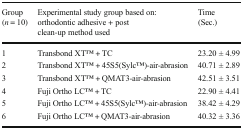
| Group (n = 10) | Experimental study group based on:orthodontic adhesive + post clean-up method used | Time (Sec.) |
 | --- | --- | --- |
 | 1 | Transbond XTTM + TC | 23.20 ± 4.99 |
 | 2 | Transbond XTTM + 45S5(SylcTM)-air-abrasion | 40.71 ± 2.89 |
 | 3 | Transbond XTTM + QMAT3-air-abrasion | 42.51 ± 3.51 |
 | 4 | Fuji Ortho LCTM + TC | 22.90 ± 4.41 |
 | 5 | Fuji Ortho LCTM + 45S5(SylcTM)-air-abrasion | 38.42 ± 4.29 |
 | 6 | Fuji Ortho LCTM + QMAT3-air-abrasion | 40.32 ± 3.36 |